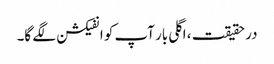
در حقیقت ، اگلی بار آپ کو انفیکشن لگے گا۔